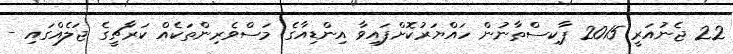
22 ޖެނުއަރީ 2015 ޕާކިސްތާނުން ހައްޔަރުކޮށްފައިވާ އިންޑިއާގެ މަސްވެރިންތަކެއް ކަރާޗީގެ ޖަލެއްގައި -